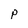
Character: P